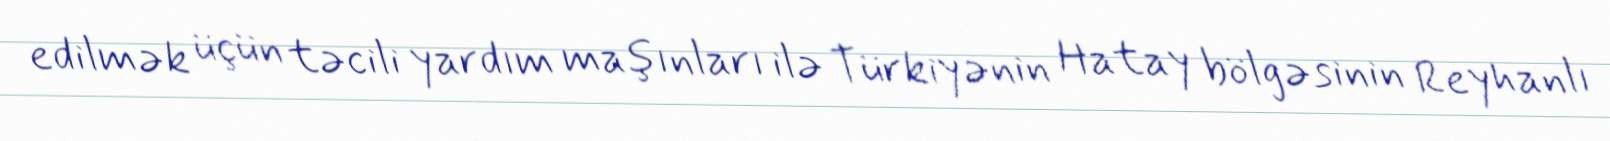
edilmək üçün təcili yardım maşınları ilə Türkiyənin Hatay bölgəsinin Reyhanlı